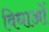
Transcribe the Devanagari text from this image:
विधाओं